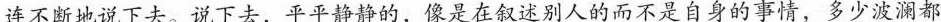
连不断地说下去。说下去，平平静静的，像是在叙述别人的而不是自身的事情，多少波澜都